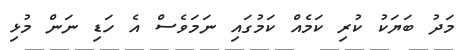
މަދު ބަޔަކު ކުރި ކަމެއް ކަމުގައި ނަމަވެސް އެ ހަޑި ނަން މުޅި